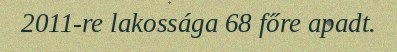
2011-re lakossága 68 főre apadt.